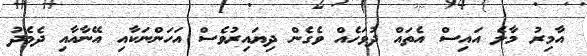
އާމިރު މާލެ އައިސް އެތައް ދުވަހެއް ވެގެން ދިޔައިރުވެސް އަހަންނަކާއި އޭނާއާއި ދެމެދު